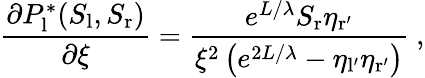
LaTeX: \frac{\partial P_{\mathrm{l}}^{*}(S_{\mathrm{l}},S_{\mathrm{r}})}{\partial\xi}=\frac{e^{L/\lambda}S_{\mathrm{r}}\eta_{\mathrm{r^{\prime}}}}{\xi^{2}\left(e^{2L/\lambda}-\eta_{\mathrm{l^{\prime}}}\eta_{\mathrm{r^{\prime}}}\right)}\ ,